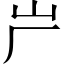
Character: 屵